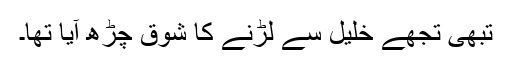
تبھی تجھے خلیل سے لڑنے کا شوق چڑھ آیا تھا۔